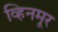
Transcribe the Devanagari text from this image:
व्हिनमूर